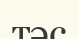
тәс